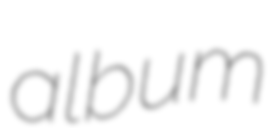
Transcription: album